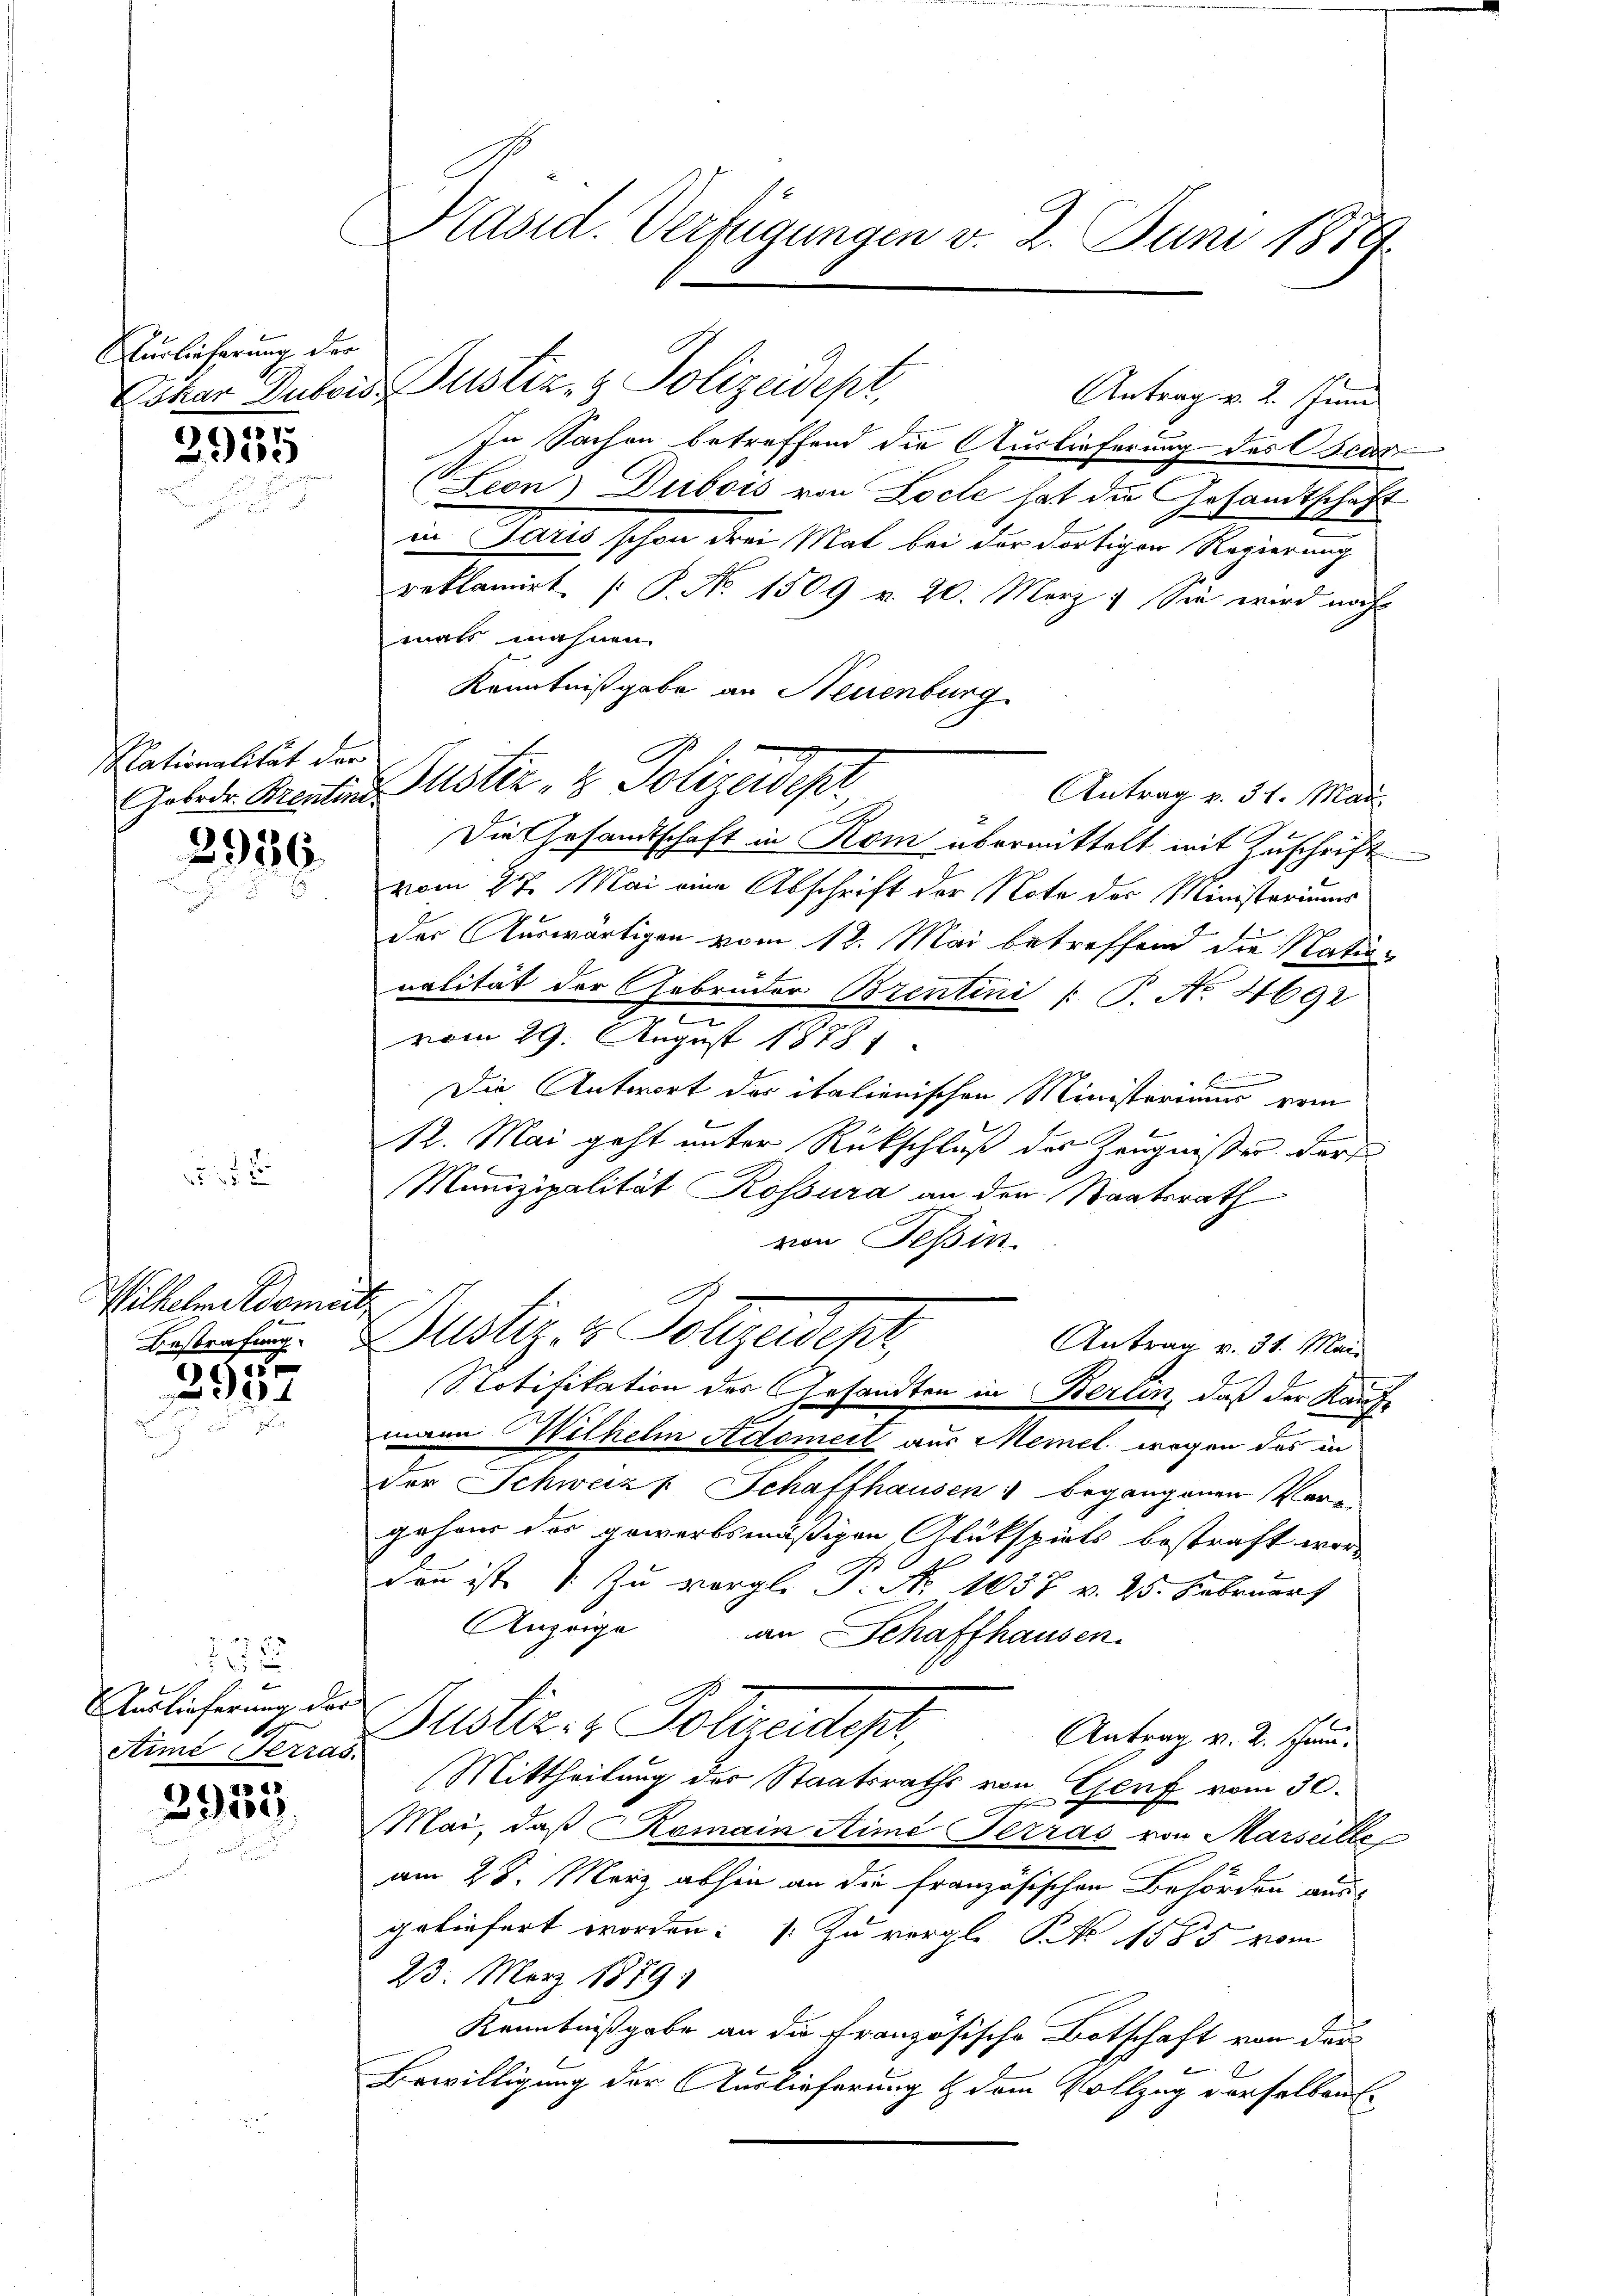
Aurlieferung der

2935

Nationalität der

2986.
u

Wilhelm Roment
.

c
x

135

Auslieferung der
.
Aimé erras.

3955

Präsid. Verfügungen v. 2. Juni 1889

In Sachen betreffend die Auslieferung des Oscar
Leon) Diebois von Loche hat die Gesandtschaft
in Paris schon drei Mal bei der dortigen Regierung
reklamirt [P. No. 1509 v. 20. März. Sie wird noch
mals mahnen.
Kenntnißgabe an Neuenburg
Antrag v. 31. Mai
Die Gesandtschaft in Kom übermittelt mit Zuschrift
vom 27. Mai am Abschrift der Note des Ministeriums
der Auswärtigen vom 12. Mai betreffend die Natio¬
1
nalität der Gebrüder Brentini (S. No. 4692
vom 29. August 18781
n
E
Die Antwort der italienischen Ministerium vom
12. Mai geht unter Rückschluß des Zeugnisser dürf
Munizipalität Rossura an den Staatsrath
von Tessin
A
Bestrafung. Pustiz- & Polizeisekr
Antrag v. 31. Mai
Notifikation des Gesandten in Berlin, daß der Kaufe

mann Wilhelm Adomeil aus Memel wegen das in
der Schweiz u. Schaffhausen & begangenen Ver-
gehör des gewerbsmäßigen Alukspiels bestraft worden ist zu vergl. P. Nr. 1037 v. 25. Februart
Anzeige
an Schaffhausen.
Justiz- & Polizeidige Antrag v. 2. Gene
Mittheilung des Staatsraths von Genf vom 30.
Mai, daß Romain Sime Terras von Marseilte
am 28. März abhin an die französischen Behörden aus-
geliefert worden: 1. Zu vergl. P. Nr. 1585 vom
23. März 1879
Kenntnißgabe an die Französische Botschaft von der
.
Bewilligung der Auslieferung & dem Vollzog derselben

Oskar Dubois Justiz- & Polizeidept,

Gelder Brenten Justiz- & Polizeidepr

Antrag v. 2. Juni

.